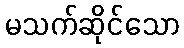
မသက်ဆိုင်သော